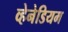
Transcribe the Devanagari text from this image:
व्हेनेडियम